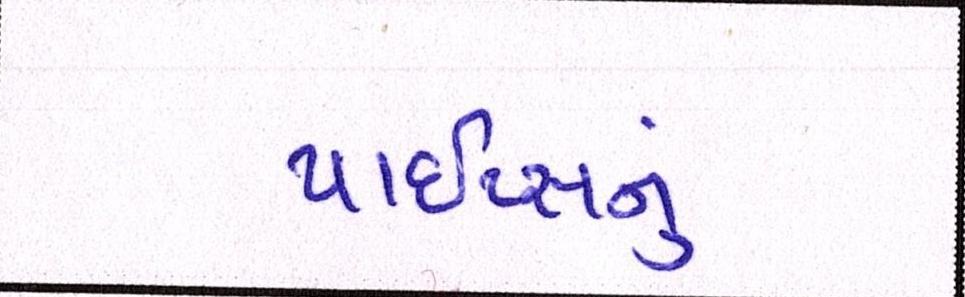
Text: પાઇપ્સનું